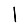
Digit: 1